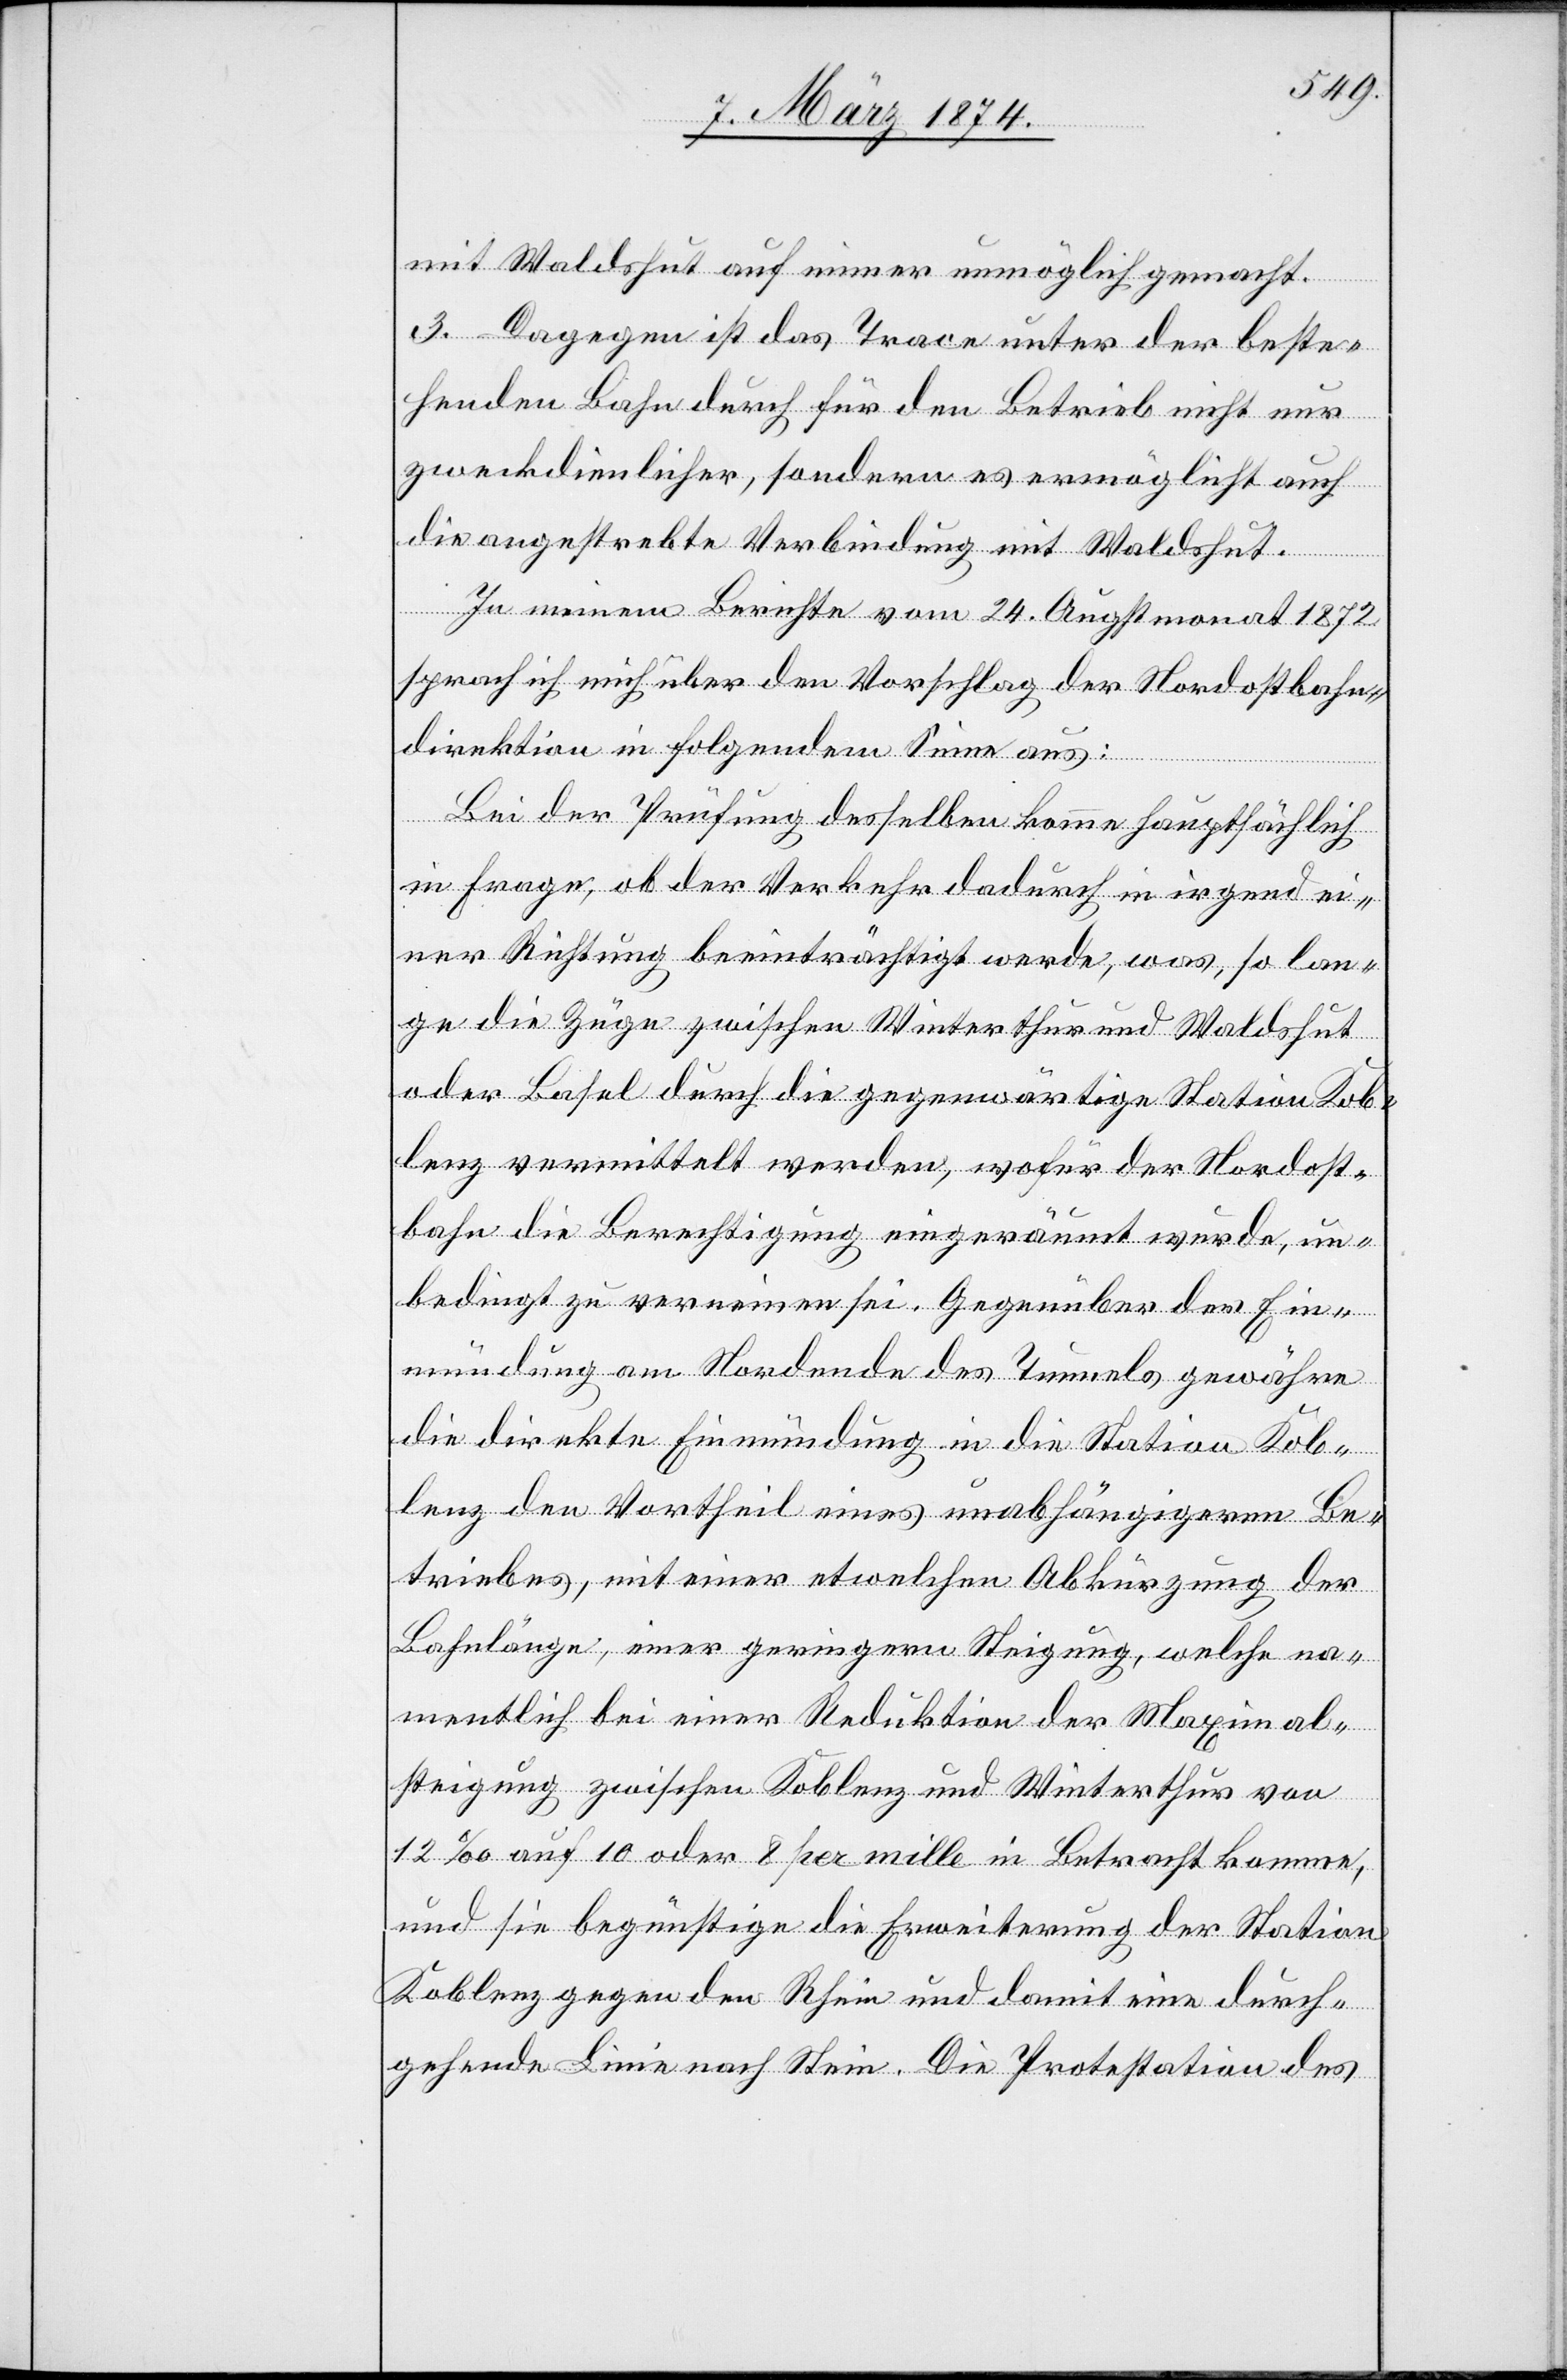
mit Waldshut auf immer unmöglich gemacht.
3. Dagegen ist das Trace unter der beste¬
henden Bahn durch für den Betrieb nicht nur
zweckdienlicher, sondern es ermöglicht auch
die angestrebte Verbindung mit Waldshut.
In meinem Berichte vom 24. Augstmonat 1872
sprach ich mich über den Vorschlag der Nordostbahn¬
direktion in folgendem Sinne aus:
Bei der Prüfung desselben komme hauptsächlich
in Frage, ob der Verkehr dadurch in irgend ei¬
ner Richtung beeinträchtigt werde, was, so lan¬
ge die Züge zwischen Winterthur und Waldshut
oder Basel durch die gegenwärtige Station Kob¬
lenz vermittelt werden, wofür der Nordost¬
bahn die Berechtigung eingeräumt wurde, un¬
bedingt zu vereinen sei. Gegenüber der Ein¬
mündung am Nordende des Tunnels gewähre
die direkte Einmündung in die Station Kob¬
lenz den Vortheil eines unabhängigeren Be¬
triebes, mit einer etwelchen Abkürzung der
Bahnlänge, einer geringern Steigung, welche na¬
mentlich bei einer Reduktion der Maximal¬
steigung zwischen Koblenz und Winterthur von
12‰ auf 10 oder 8 per mille in Betracht komme,
und sie begünstige die Erweiterung der Station
Koblenz gegen den Rhein und damit eine durch¬
gehende Linie nach Stein. Die Protestation des